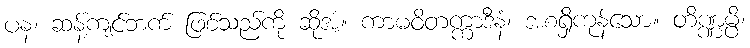
ပန၊ ဆန့်ကျင်ဘက် ဖြစ်သည်ကို ဆိုအံ့။ ကာမဝိတက္ကာဒီနံ၊ အစရှိကုန်သော။ တိဏ္ဏမ္ပိ၊